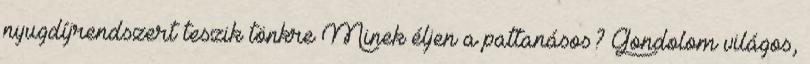
nyugdíjrendszert teszik tönkre Minek éljen a pattanásos? Gondolom világos,